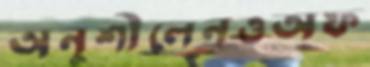
অনুশীলেনওঅফ